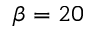
\beta = 2 0